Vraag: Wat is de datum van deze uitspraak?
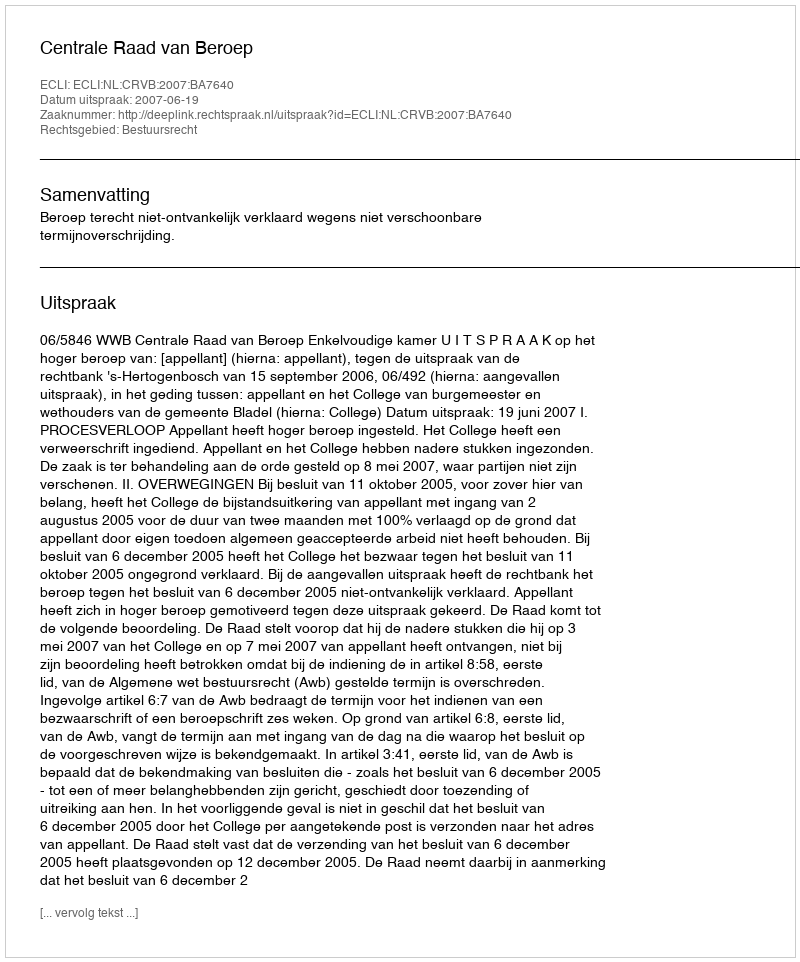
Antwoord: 2007-06-19